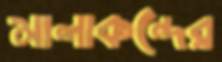
মালাকন্দের